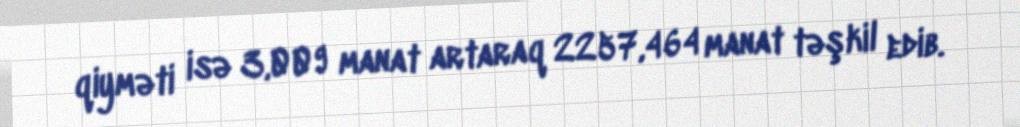
qiyməti isə 3,009 manat artaraq 2257,464 manat təşkil edib.